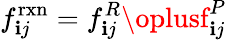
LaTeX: f_{\mathbf{i}j}^{\mathrm{{rxn}}}=f_{\mathbf{i}j}^{R}\oplusf_{\mathbf{i}j}^{P}